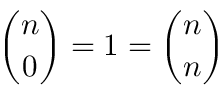
{ \binom { n } { 0 } } = 1 = { \binom { n } { n } }